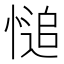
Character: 𢟋